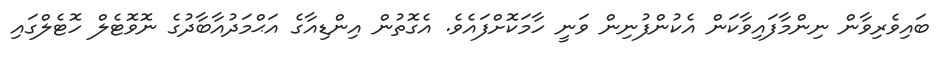
ބައިވެރިވާން ނިންމާފައިވާކަން އެކުންފުނިން ވަނީ ހާމަކޮށްފައެވެ. އެގޮތުން އިންޑިއާގެ އަޙްމަދުއާބާދުގެ ނޮވޮޓެލް ހޮޓެލްގައި